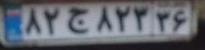
۸۲ج۸۲۳۳۶